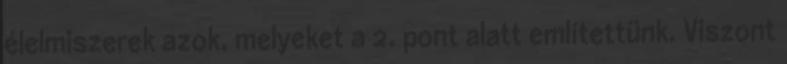
élelmiszerek azok, melyeket a 2. pont alatt említettünk. Viszont